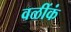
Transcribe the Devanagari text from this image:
वळींकं